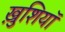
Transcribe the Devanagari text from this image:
ख़ुशियाॅ